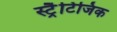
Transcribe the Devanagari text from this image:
स्ट्रैटिजिक